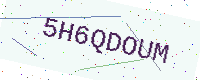
Text: 5H6QDOUM